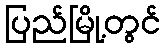
ပြည်မြို့တွင်